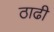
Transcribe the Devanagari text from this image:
ठाढी